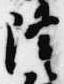
隆